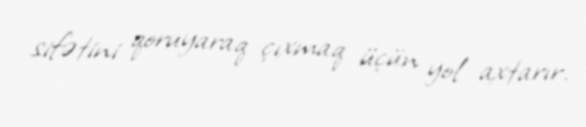
sifətini qoruyaraq çıxmaq üçün yol axtarır.